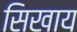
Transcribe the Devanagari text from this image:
सिखाय